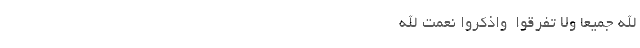
اللَّهِ جَمِیعًا وَلَا تَفَرَّقُوا  وَاذْکُرُوا نِعْمَتَ اللَّهِ